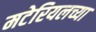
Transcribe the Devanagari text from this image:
मटेरियलच्या